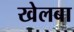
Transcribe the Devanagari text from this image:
खेलबा